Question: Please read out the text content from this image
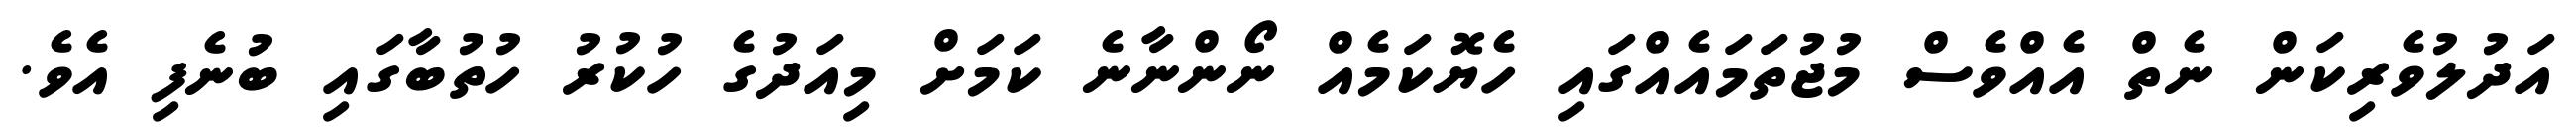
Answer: އަދުލުވެރިކަން ނެތް އެއްވެސް މުޖުތަމައެއްގައި ހެޔޮކަމެއް ނޯންނާނެ ކަމަށް މިއަދުގެ ހުކުރު ހުތުބާގައި ބުނެފި އެވެ.